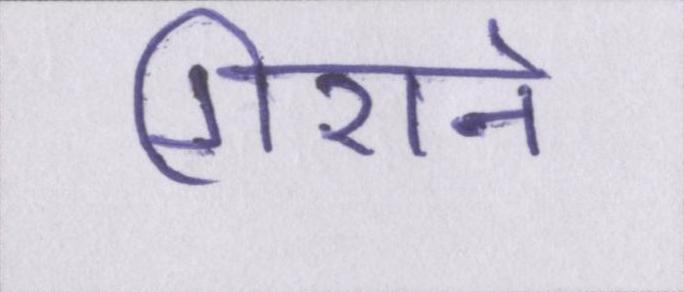
गिराने